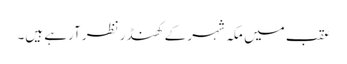
عقب میں مکہ شہر کے کھنڈر نظر آرہے ہیں۔